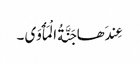
عِندَھا جَنَّةُ الْمَأْوَی ۔